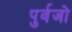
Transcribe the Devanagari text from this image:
पुर्वजो